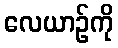
လေယာဉ်ကို